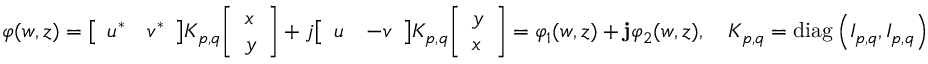
\varphi ( w , z ) = { \left[ \begin{array} { l l } { u ^ { * } } & { v ^ { * } } \end{array} \right] } K _ { p , q } { \left[ \begin{array} { l } { x } \\ { y } \end{array} \right] } + j { \left[ \begin{array} { l l } { u } & { - v } \end{array} \right] } K _ { p , q } { \left[ \begin{array} { l } { y } \\ { x } \end{array} \right] } = \varphi _ { 1 } ( w , z ) + \mathbf { j } \varphi _ { 2 } ( w , z ) , \quad K _ { p , q } = \mathrm { d i a g } \left( I _ { p , q } , I _ { p , q } \right)